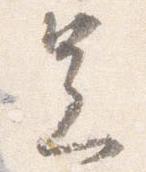
足